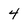
Character: 4